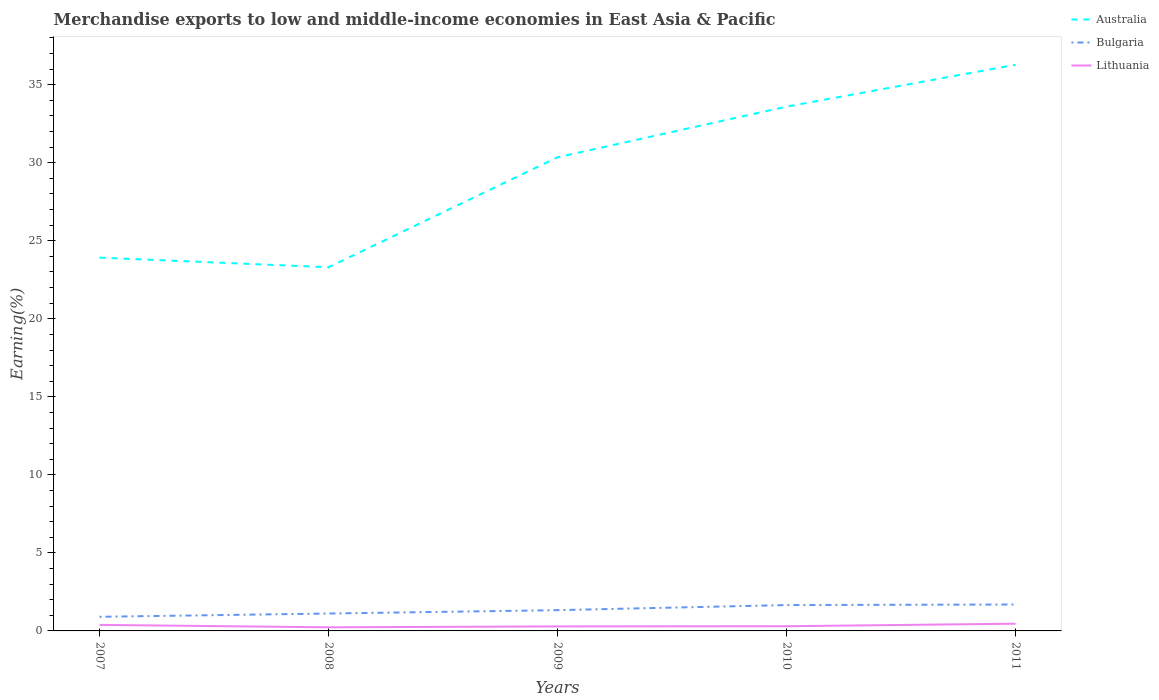
| Years | Australia | Bulgaria | Lithuania |
 | --- | --- | --- | --- |
 | 2007 | 23.9 | 0.906 | 0.387 |
 | 2008 | 23.3 | 1.11 | 0.231 |
 | 2009 | 30.4 | 1.33 | 0.289 |
 | 2010 | 33.6 | 1.66 | 0.301 |
 | 2011 | 36.3 | 1.69 | 0.462 |